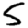
Digit: 5